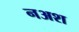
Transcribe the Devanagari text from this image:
नअश